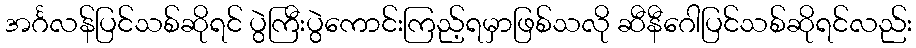
အင်္ဂလန်ပြင်သစ်ဆိုရင် ပွဲကြီးပွဲကောင်းကြည့်ရမှာဖြစ်သလို ဆီနီဂေါပြင်သစ်ဆိုရင်လည်း